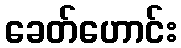
ခေတ်ဟောင်း